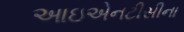
આઇએનટીસીના